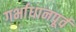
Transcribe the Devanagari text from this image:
गर्भाधानपूर्व